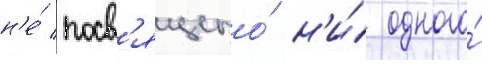
н'е́ посв'ящено́ н'и́ одного́